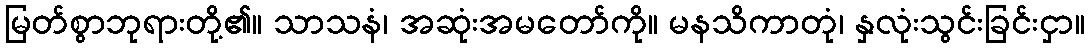
မြတ်စွာဘုရားတို့၏။ သာသနံ၊ အဆုံးအမတော်ကို။ မနသိကာတုံ၊ နှလုံးသွင်းခြင်းငှာ။